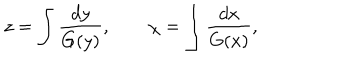
LaTeX: z = \int \frac { d y } { G ( y ) } , \qquad \chi = \int \frac { d x } { G ( x ) } ,